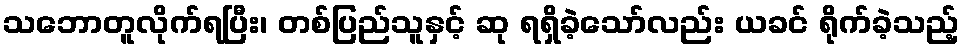
သဘောတူလိုက်ရပြီး၊ တစ်ပြည်သူနှင့် ဆု ရရှိခဲ့သော်လည်း ယခင် ရိုက်ခဲ့သည့်